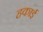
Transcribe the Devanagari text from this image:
हकाई